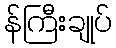
န်ကြီးချုပ်